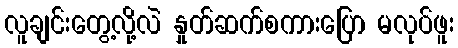
လူချင်းတွေ့လို့လဲ နှုတ်ဆက်စကားပြော မလုပ်ဖူး